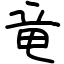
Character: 竜